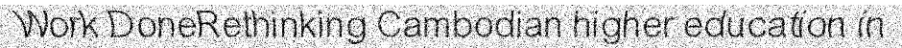
Work DoneRethinking Cambodian higher education in